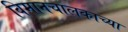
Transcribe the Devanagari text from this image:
विमानचालकाच्या